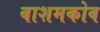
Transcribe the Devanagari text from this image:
बाशमकोव